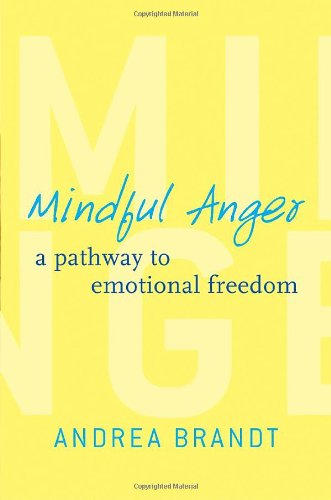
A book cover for Mindful Anger: A Pathway to Emotional Freedom; Andrea Brandt; Self-Help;